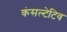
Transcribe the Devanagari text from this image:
कंसल्टेटिव